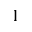
_ { 1 }